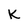
Character: K